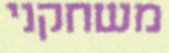
משחקני